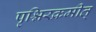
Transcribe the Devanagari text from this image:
पृश्निरक्रमीत्